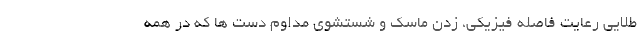
طلایی رعایت فاصله فیزیکی، زدن ماسک و شستشوی مداوم دست ها که در همه